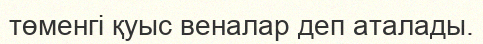
төменгі қуыс веналар деп аталады.